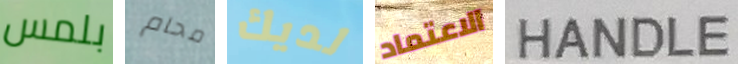
بلمس محام لديك الاعتماد HANDLE